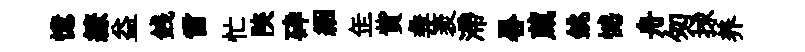
憶繚益銭雷忙陝砕絪𦈢貲彜袤滯晷蔵銚憾舟匆捄养